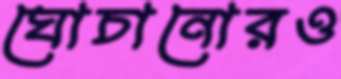
ঘোচানোরও